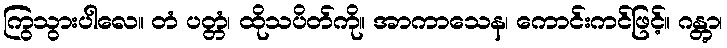
ကြွသွားပါလေ။ တံ ပတ္တံ၊ ထိုသပိတ်ကို။ အာကာသေန၊ ကောင်းကင်ဖြင့်။ ဂန္တွာ၊